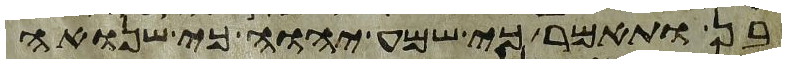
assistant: בן ותאמר כי שמע יהוה כי שנואה